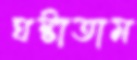
ঘষ্‌টাতাম